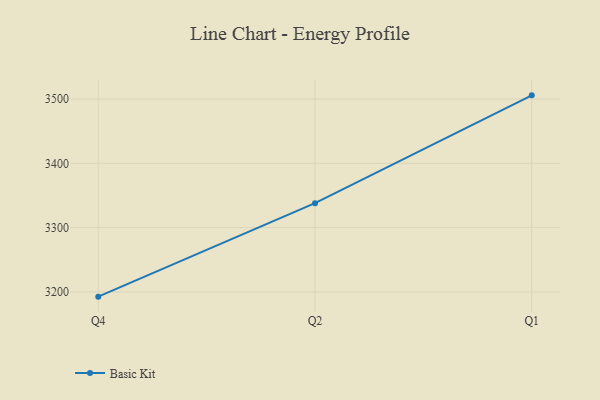
{"axis": {"x": "Quarter", "y": "Tickets Resolved"}, "legend": ["Basic Kit"], "data": [{"x": "Q4", "y": 3192.7, "type": "Basic Kit"}, {"x": "Q2", "y": 3338.1, "type": "Basic Kit"}, {"x": "Q1", "y": 3505.7, "type": "Basic Kit"}]}